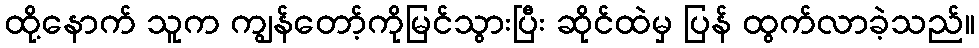
ထို့နောက် သူက ကျွန်တော့်ကိုမြင်သွားပြီး ဆိုင်ထဲမှ ပြန် ထွက်လာခဲ့သည်။